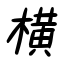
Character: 横